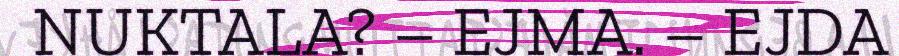
NUKTALA? – EJMA. – EJDA